Ranna_vallavalitsus, lk 12
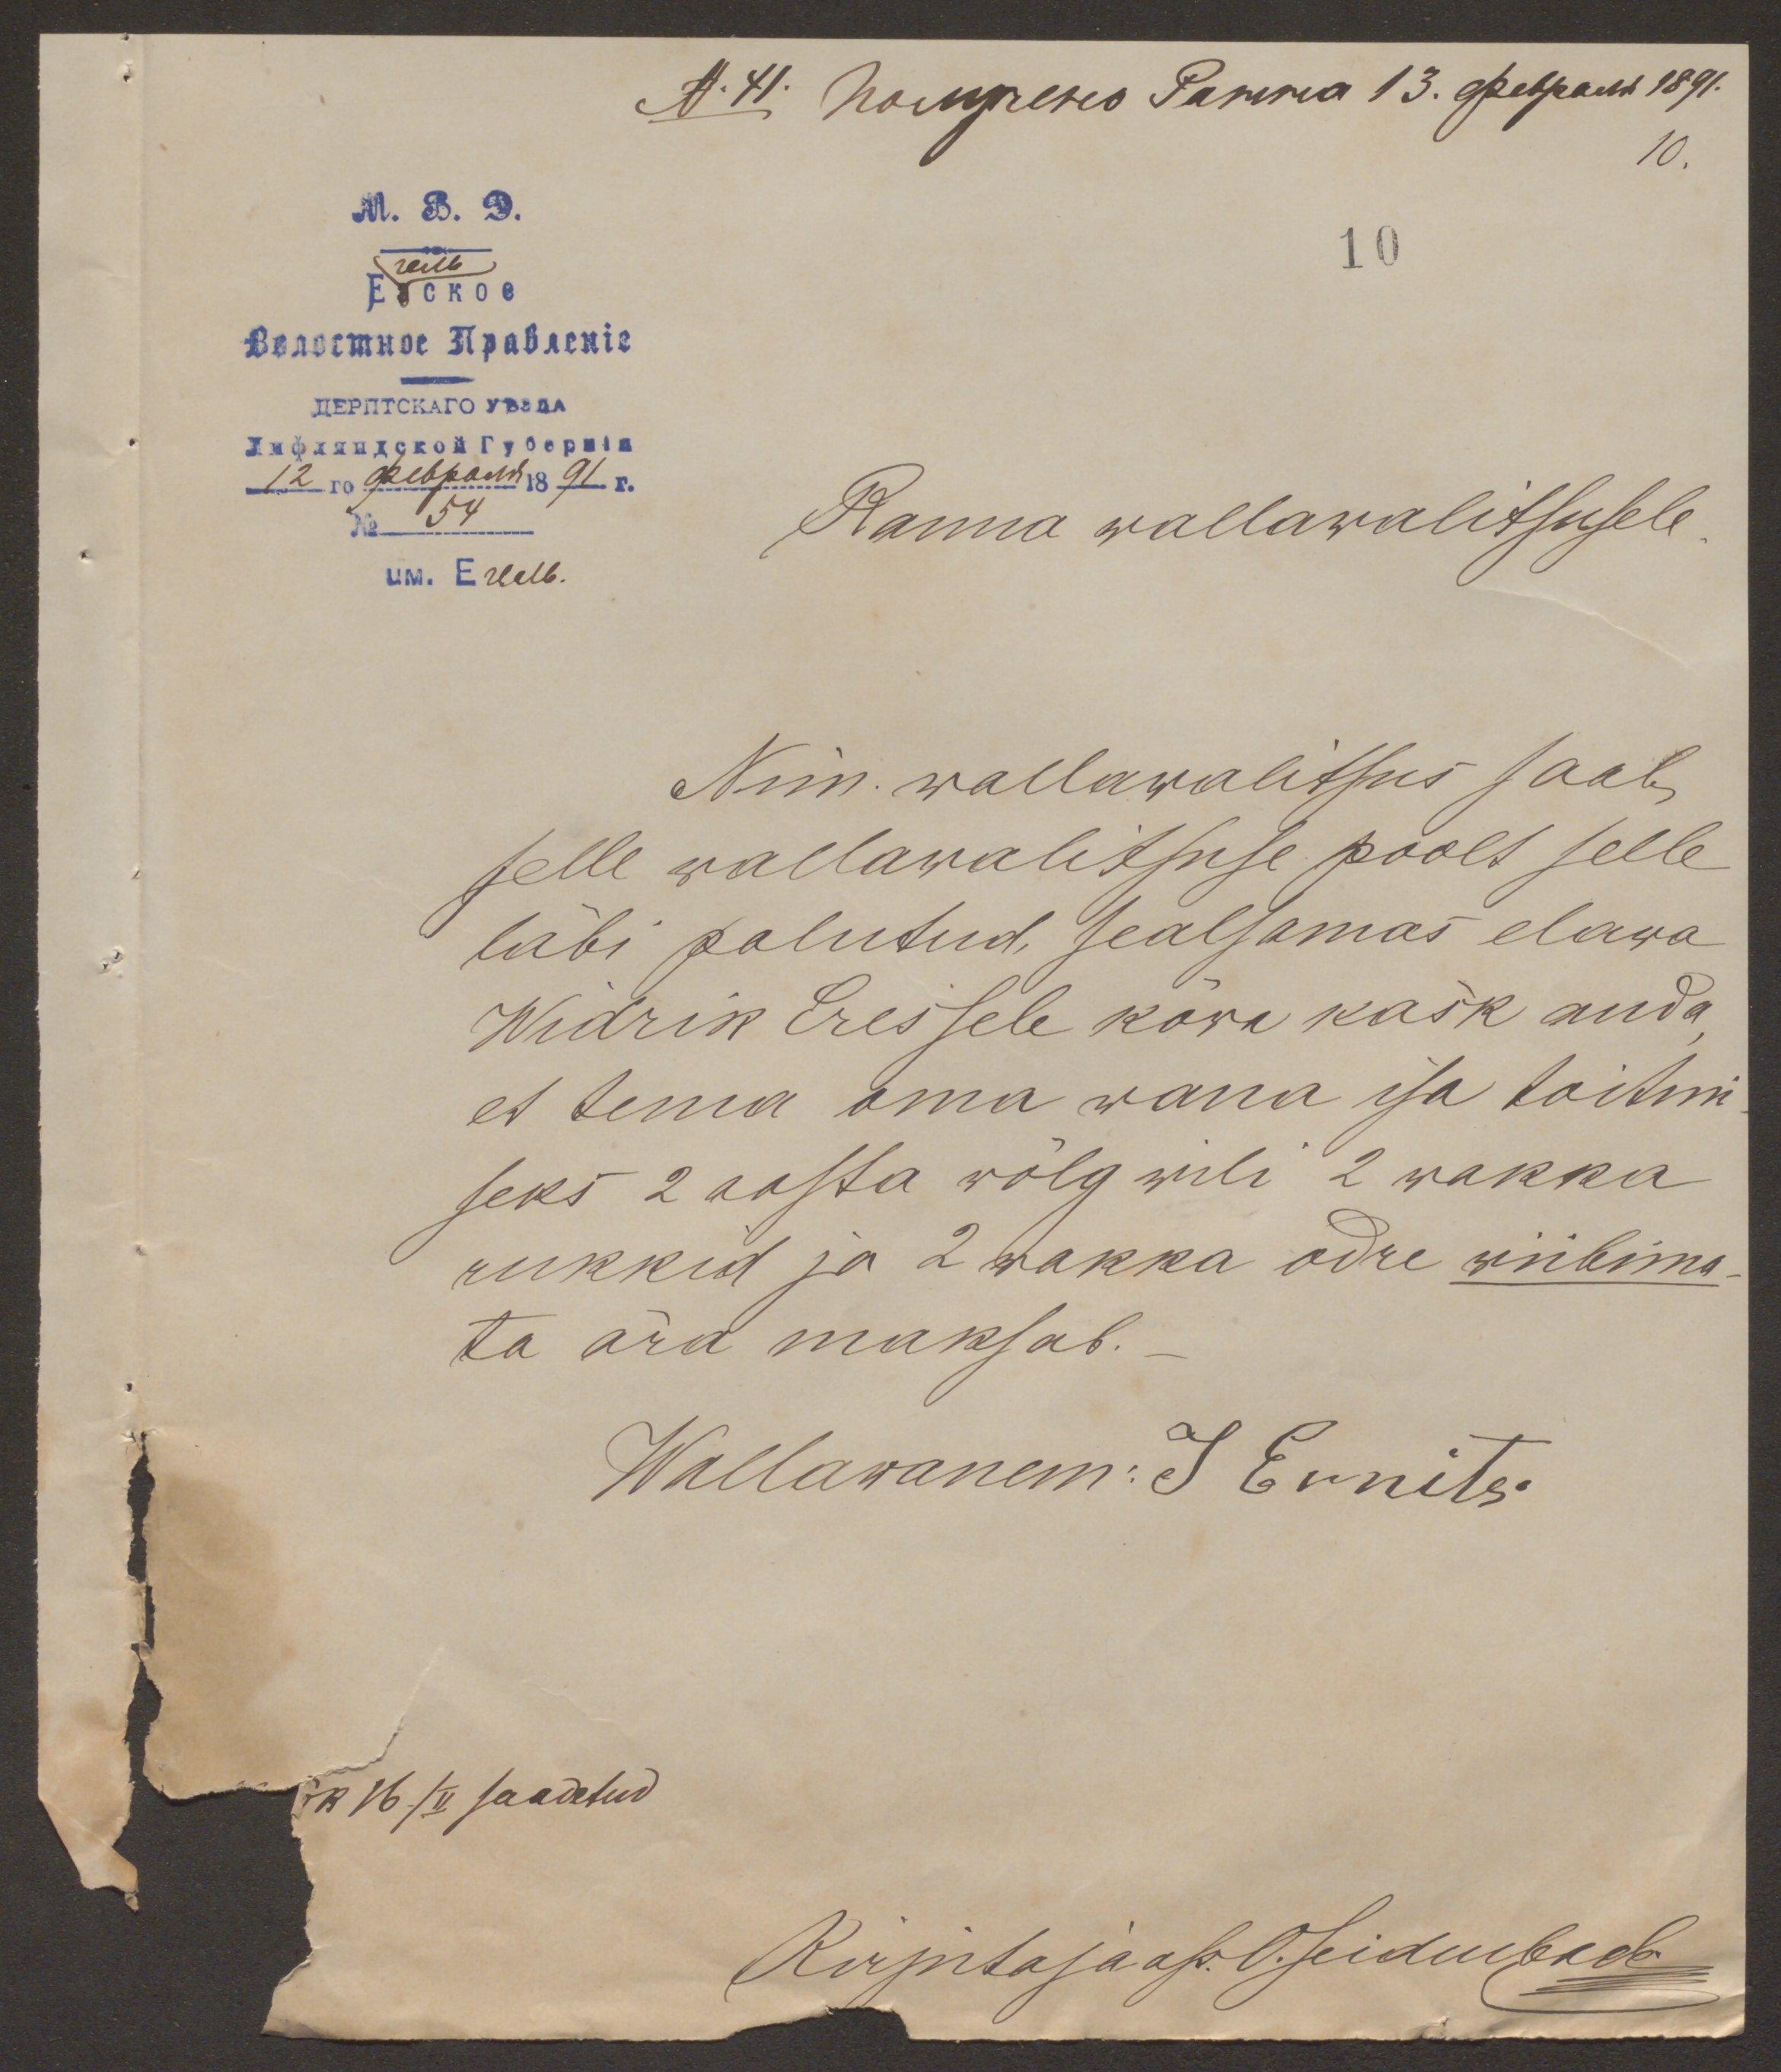
10.
10
No 54
Ranna wallawalitsusele
Nim. wallawalitsus saab
selle wallawalitsuse poolt selle
läbi palutud, sealsamas elawa
Widrik Ereisele kõwa käsk anda-
et tema oma wana isa toitmi
seks 2 aasta wõlg wili 2 wakka
rukkid ja 2 wakka odre wiibima-
ta ära maksab.
Wallawanem: I Ernits.
16./II saadetud
Kirjutaja ap. O. Seiduubade